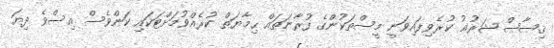
ޤިޞާޞް ޝަރުޢު ކުރެވިފައިވަނީ މީސްތަކުންގެ ފުރާނަތައް ޙިމާޔަތް ކުރެއްވުމަށްޓަކައި ކަންވެސް އިސްވެ ދިޔަ